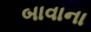
બાવાના